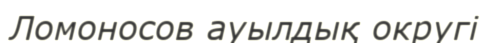
Ломоносов ауылдық округі